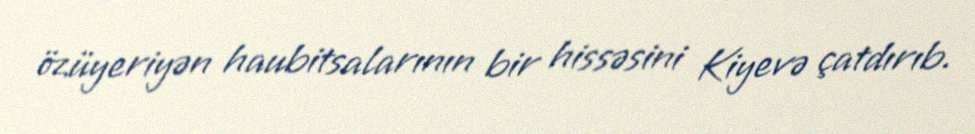
özüyeriyən haubitsalarının bir hissəsini Kiyevə çatdırıb.